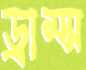
ড্রাম্স